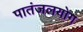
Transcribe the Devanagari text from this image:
पातंजलयोग